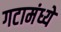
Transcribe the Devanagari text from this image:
गटामंध्ये